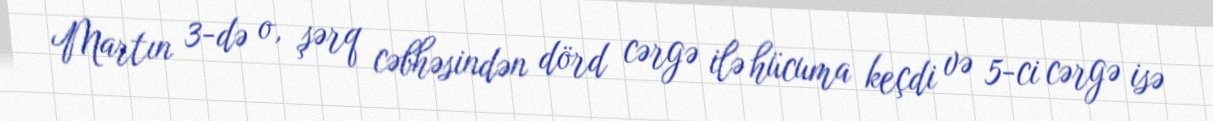
Martın 3-də o, şərq cəbhəsindən dörd cərgə ilə hücuma keçdi və 5-ci cərgə isə